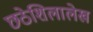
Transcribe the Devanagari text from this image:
छठेशिलालेख